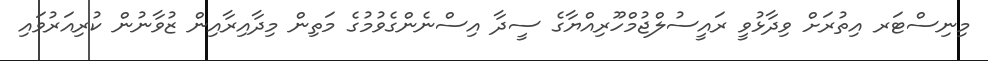
މިނިސްޓަރ އިތުރަށް ވިދާޅުވީ ރައީސުލްޖުމްހޫރިއްޔާގެ ސީދާ އިސްނެންގެވުމުގެ މަތިން މިދާއިރާއިން ޒުވާނުން ކުރިއަރުވައި